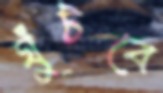
ঘুঁটবে